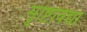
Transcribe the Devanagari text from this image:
सृष्टिविद्या